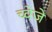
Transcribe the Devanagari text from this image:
च्वेजे